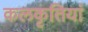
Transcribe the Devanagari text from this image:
कलकृतियां